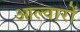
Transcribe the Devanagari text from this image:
आल्वारों